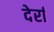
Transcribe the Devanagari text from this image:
देर्रा